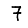
Digit: 7